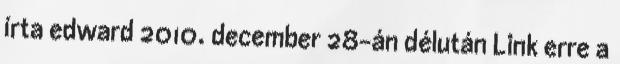
írta edward 2010. december 28-án délután Link erre a